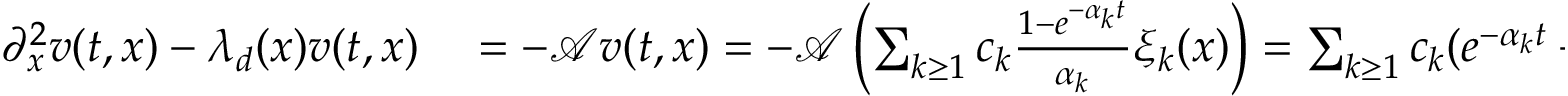
\begin{array} { r l } { \partial _ { x } ^ { 2 } v ( t , x ) - \lambda _ { d } ( x ) v ( t , x ) } & { { } = - \mathcal { A } v ( t , x ) = - \mathcal { A } \left( \sum _ { k \geq 1 } c _ { k } \frac { 1 - e ^ { - \alpha _ { k } t } } { \alpha _ { k } } \xi _ { k } ( x ) \right) = \sum _ { k \geq 1 } c _ { k } ( e ^ { - \alpha _ { k } t } - 1 ) \xi _ { k } ( x ) } \end{array}